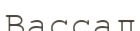
Вассал